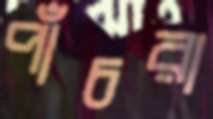
পাঁচরা